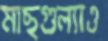
মাছগুল্যাও